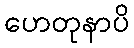
ဟေတုနာပိ